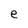
Character: e